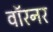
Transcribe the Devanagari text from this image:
वॉरनर